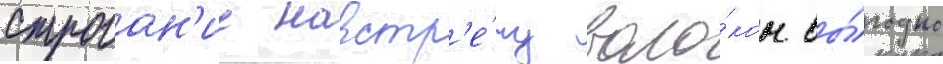
Строган'ие навстр'е́чу воло́кон вы́годно